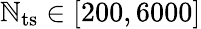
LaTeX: \mathbb{N}_{{\mathrm{{ts}}}}\in[200,6000]